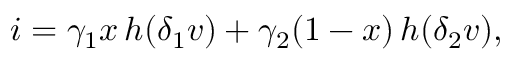
i = \gamma _ { 1 } x \, h ( \delta _ { 1 } v ) + \gamma _ { 2 } ( 1 - x ) \, h ( \delta _ { 2 } v ) ,